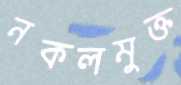
নকলমুক্ত